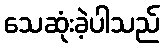
သေဆုံးခဲ့ပါသည်